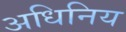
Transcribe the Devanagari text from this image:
अधिनिय